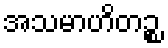
အသမာဟိတဉ္စ